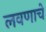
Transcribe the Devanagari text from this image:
लवणाचे